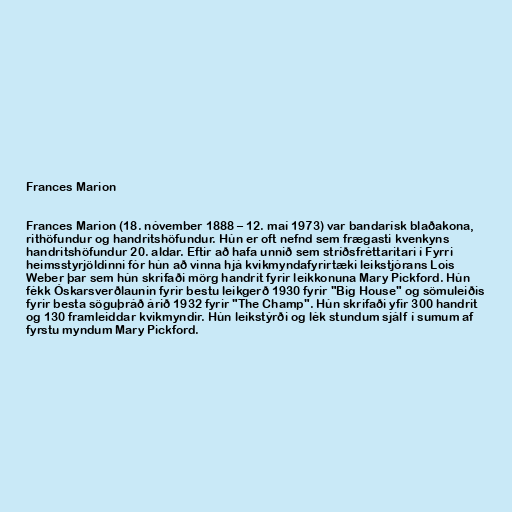
Frances Marion

Frances Marion (18. nóvember 1888 – 12. maí 1973) var bandarísk blaðakona,
rithöfundur og handritshöfundur. Hún er oft nefnd sem frægasti kvenkyns
handritshöfundur 20. aldar. Eftir að hafa unnið sem stríðsfréttaritari í Fyrri
heimsstyrjöldinni fór hún að vinna hjá kvikmyndafyrirtæki leikstjórans Lois
Weber þar sem hún skrifaði mörg handrit fyrir leikkonuna Mary Pickford. Hún
fékk Óskarsverðlaunin fyrir bestu leikgerð 1930 fyrir "Big House" og sömuleiðis
fyrir besta söguþráð árið 1932 fyrir "The Champ". Hún skrifaði yfir 300 handrit
og 130 framleiddar kvikmyndir. Hún leikstýrði og lék stundum sjálf í sumum af
fyrstu myndum Mary Pickford.